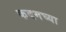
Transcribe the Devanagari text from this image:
कदमच्या